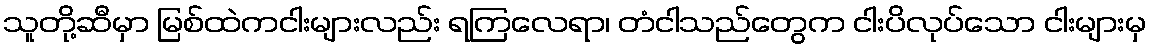
သူတို့ဆီမှာ မြစ်ထဲကငါးများလည်း ရကြလေရာ၊ တံငါသည်တွေက ငါးပိလုပ်သော ငါးများမှ